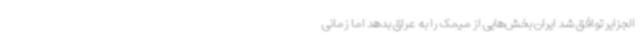
الجزایر توافق شد ایران بخش‌هایی از میمک را به عراق بدهد اما زمانی